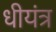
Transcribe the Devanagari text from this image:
धीयंत्र